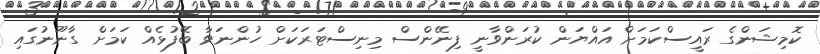
ކޮމިޝަންގެ ރައީސްކަމަށް އައްޔަން ކުރަންވާނީ ފިނޭންސް މިނިސްޓަރަކަށް ހުންނަވާ ބޭފުޅެއް ކަމަށް ގާނޫނުގައި